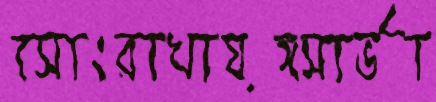
সোংরাখায়ঙ্গসার্ভা